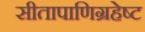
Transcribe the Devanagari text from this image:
सीतापाणिग्रहेष्ट